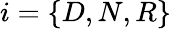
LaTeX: i=\{ D,N,R\}